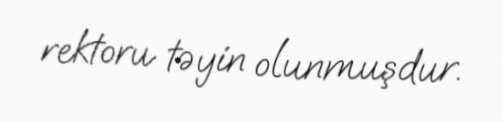
rektoru təyin olunmuşdur.